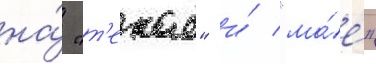
на́ "т'екае" и́ "ма́е"